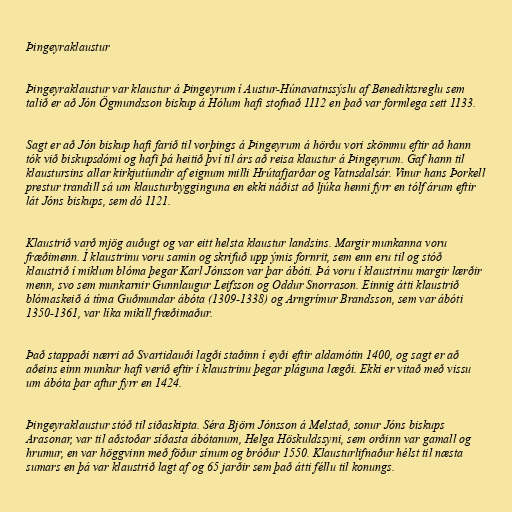
Þingeyraklaustur

Þingeyraklaustur var klaustur á Þingeyrum í Austur-Húnavatnssýslu af Benediktsreglu sem
talið er að Jón Ögmundsson biskup á Hólum hafi stofnað 1112 en það var formlega sett 1133.

Sagt er að Jón biskup hafi farið til vorþings á Þingeyrum á hörðu vori skömmu eftir að hann
tók við biskupsdómi og hafi þá heitið því til árs að reisa klaustur á Þingeyrum. Gaf hann til
klaustursins allar kirkjutíundir af eignum milli Hrútafjarðar og Vatnsdalsár. Vinur hans Þorkell
prestur trandill sá um klausturbygginguna en ekki náðist að ljúka henni fyrr en tólf árum eftir
lát Jóns biskups, sem dó 1121.

Klaustrið varð mjög auðugt og var eitt helsta klaustur landsins. Margir munkanna voru
fræðimenn. Í klaustrinu voru samin og skrifuð upp ýmis fornrit, sem enn eru til og stóð
klaustrið í miklum blóma þegar Karl Jónsson var þar ábóti. Þá voru í klaustrinu margir lærðir
menn, svo sem munkarnir Gunnlaugur Leifsson og Oddur Snorrason. Einnig átti klaustrið
blómaskeið á tíma Guðmundar ábóta (1309-1338) og Arngrímur Brandsson, sem var ábóti
1350-1361, var líka mikill fræðimaður.

Það stappaði nærri að Svartidauði lagði staðinn í eyði eftir aldamótin 1400, og sagt er að
aðeins einn munkur hafi verið eftir í klaustrinu þegar pláguna lægði. Ekki er vitað með vissu
um ábóta þar aftur fyrr en 1424.

Þingeyraklaustur stóð til siðaskipta. Séra Björn Jónsson á Melstað, sonur Jóns biskups
Arasonar, var til aðstoðar síðasta ábótanum, Helga Höskuldssyni, sem orðinn var gamall og
hrumur, en var höggvinn með föður sínum og bróður 1550. Klausturlifnaður hélst til næsta
sumars en þá var klaustrið lagt af og 65 jarðir sem það átti féllu til konungs.